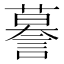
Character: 謩